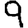
Digit: 9